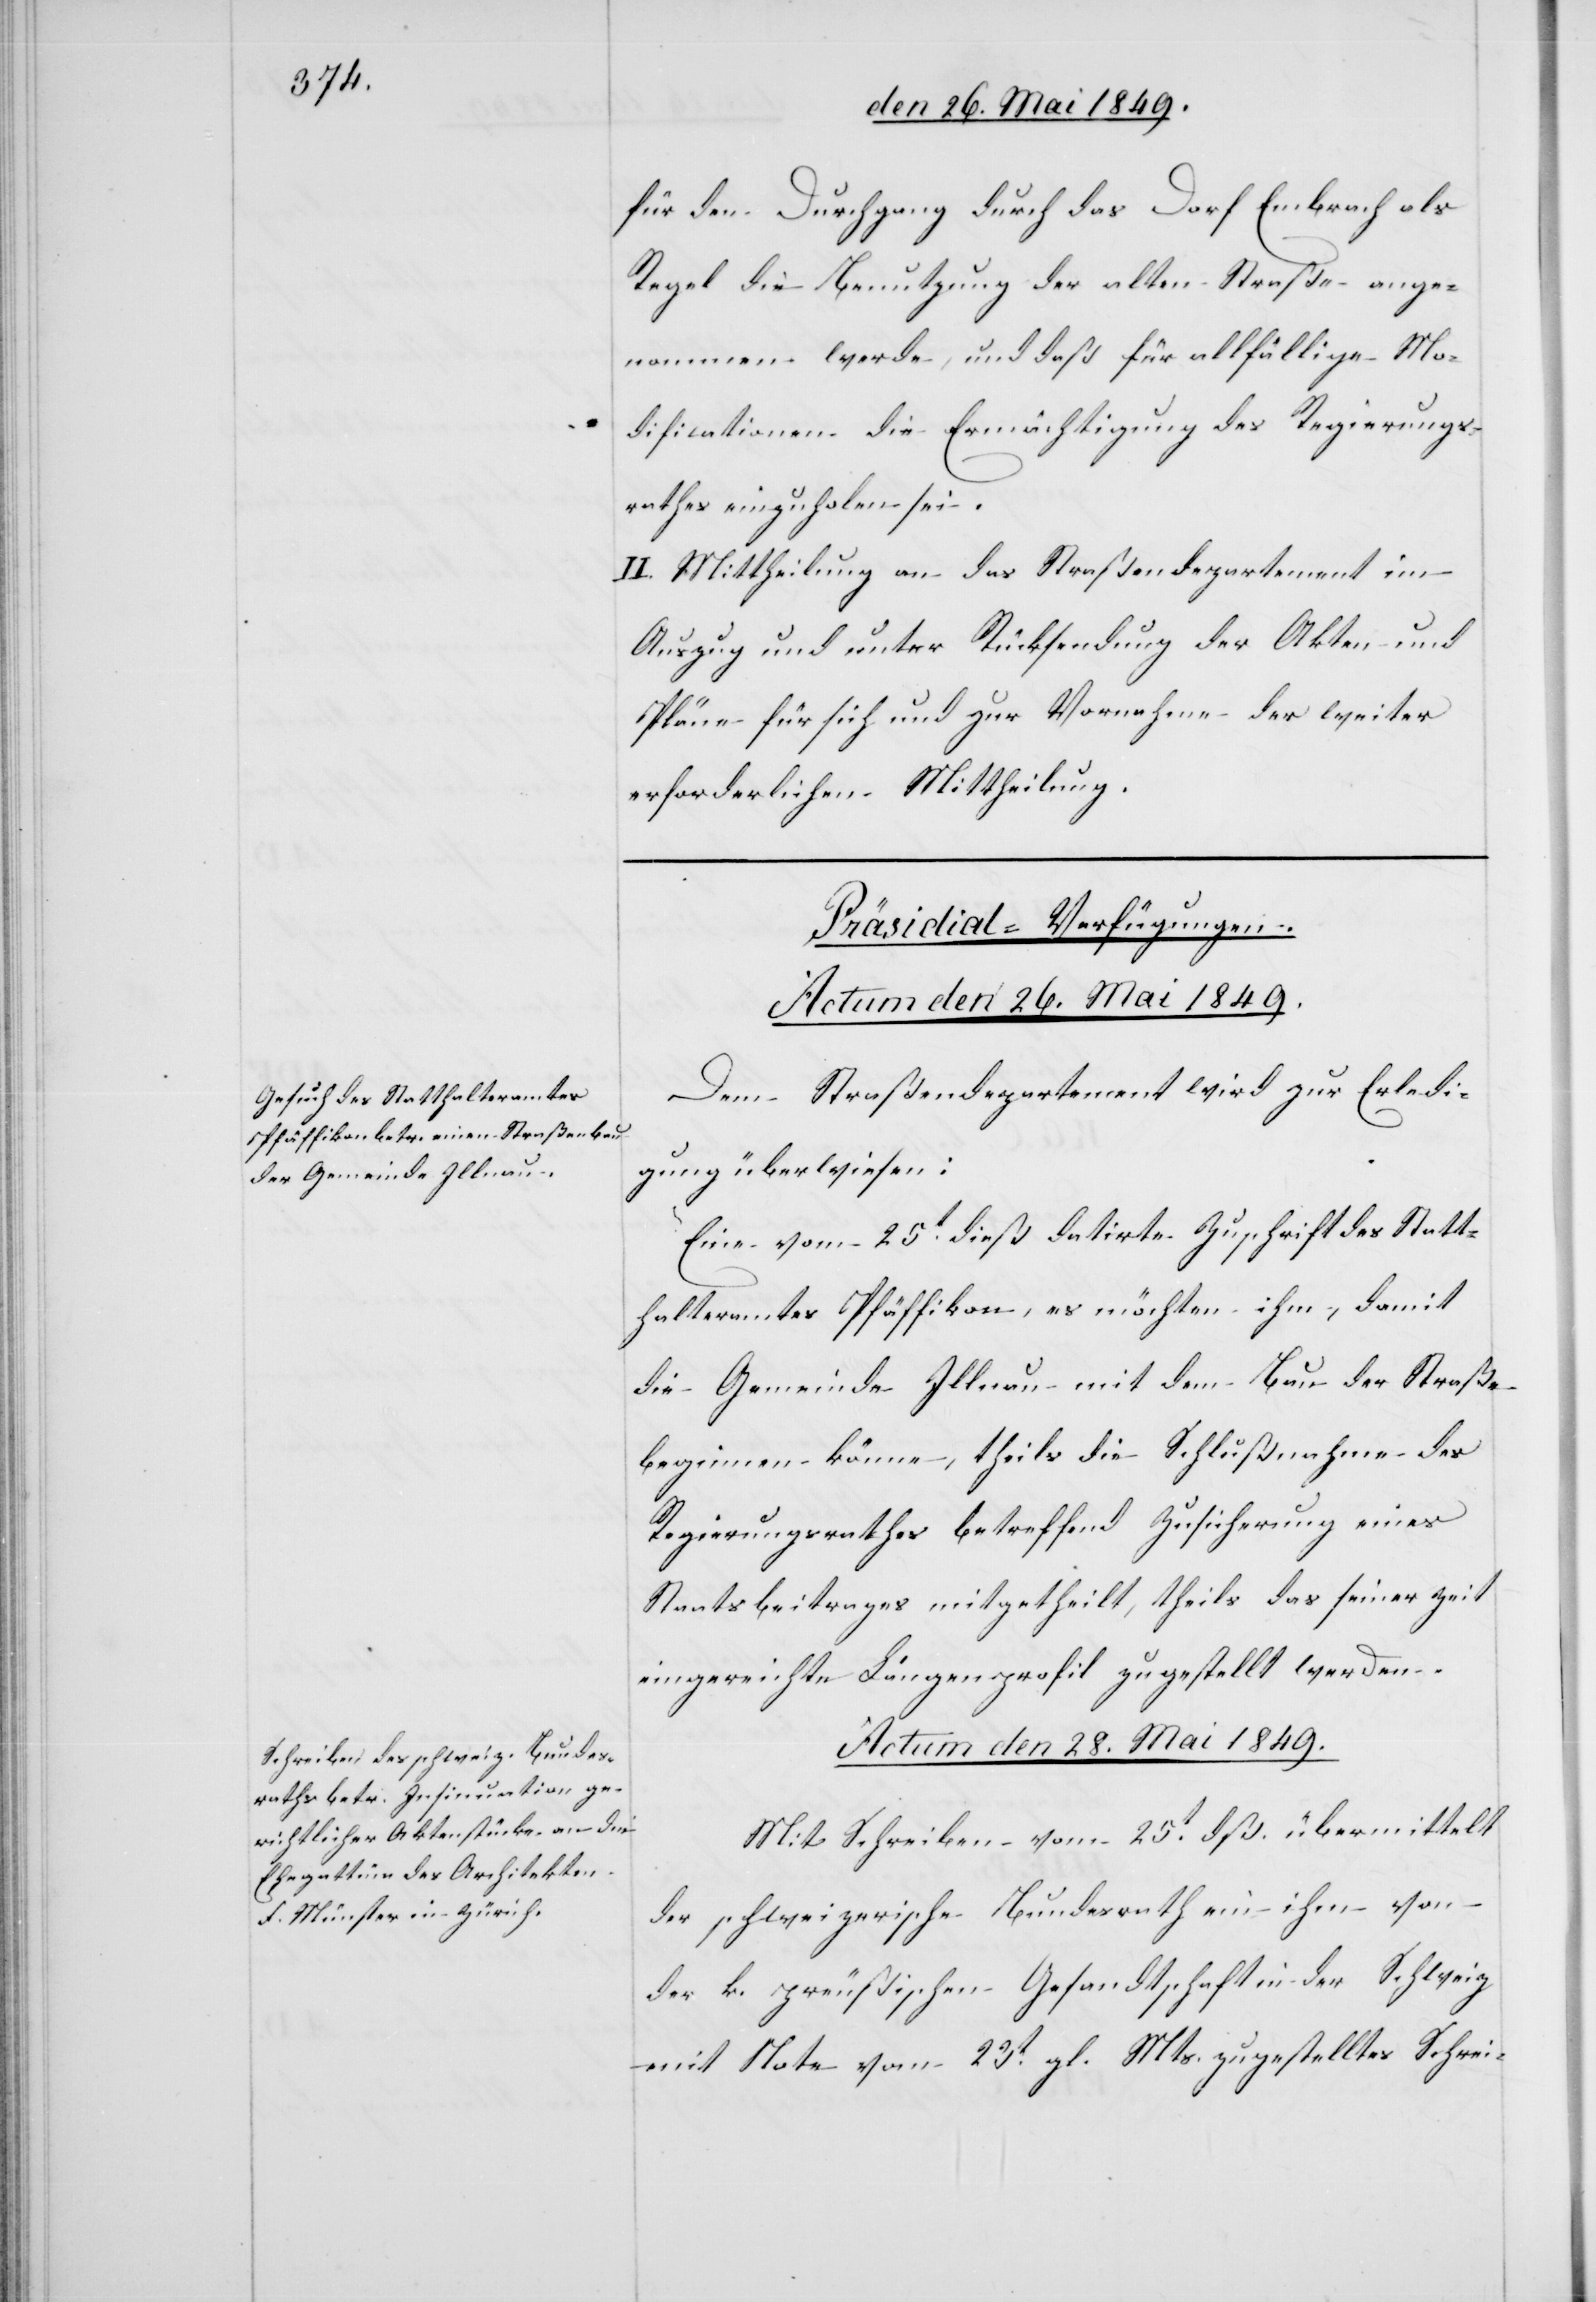
für den Durchgang durch das Dorf Embrach als
Regel die Benutzung der alten Straße ange¬
nommen werde, und daß für allfällige Mo¬
dificationen die Ermächtigung des Regierungs¬
rathes einzuholen sei.
II. Mittheilung an das Straßendepartement im
Auszug und unter Rücksendung der Akten und
Pläne für sich und zur Vornahme der weiter
erforderlichen Mittheilung.
[Präsidial-Verfügungen.]
Actum den 28. Mai 1849.
Dem Straßendepartement wird zur Erledi¬
gung überwiesen:
Eine vom 25t dieß datirte Zuschrift des Statt¬
halteramtes Pfäffikon, es möchten ihm, damit
die Gemeinde Illnau mit dem Bau der Straße
beginnen könne, theils die Schlußnahme des
Regierungsrathes betreffend Zusicherung eines
Staatsbeitrages mitgetheilt, theils das seiner Zeit
eingereichte Längenprofil zugestellt werden.
Mit Schreiben vom 25t dß. übermittelt
der schweizerische Bundesrath ein ihm von
der k. preußischen Gesandtschaft in der Schweiz
mit Note vom 23t gl. Mts. zugestelltes Schrei-